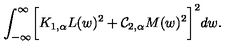
\int _ { - \infty } ^ { \infty } \biggl [ K _ { 1 , \alpha } L ( w ) ^ { 2 } + { \cal C } _ { 2 , \alpha } M ( w ) ^ { 2 } \biggr ] ^ { 2 } d w .